Indian Medical Review
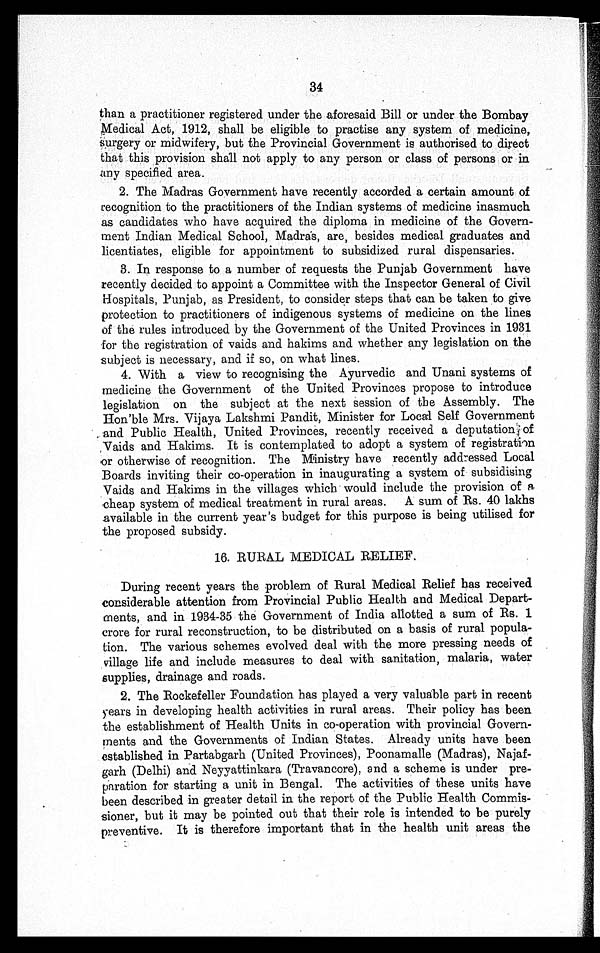
34
than a practitioner registered under the aforesaid Bill or under the Bombay
Medical Act, 1912, shall be eligible to practise any system of medicine,
Surgery or midwifery, but the Provincial Government is authorised to direct
that this provision shall not apply to any person or class of persons or in
any specified area.
2. The Madras Government have recently accorded a certain amount of
recognition to the practitioners of the Indian systems of medicine inasmuch
as candidates who have acquired the diploma in medicine of the Govern-
ment Indian Medical School, Madras, are, besides medical graduates and
licentiates, eligible for appointment to subsidized rural dispensaries.
3. In response to a number of requests the Punjab Government have
recently decided to appoint a Committee with the Inspector General of Civil
Hospitals, Punjab, as President, to consider steps that can be taken to give
protection to practitioners of indigenous systems of medicine on the lines
of the rules introduced by the Government of the United Provinces in 1931
for the registration of vaids and hakims and whether any legislation on the
subject is necessary, and if so, on what lines.
4. With a view to recognising the Ayurvedic and Unani systems of
medicine the Government of the United Provinces propose to introduce
legislation on the subject at the next session of the Assembly. The
Hon'ble Mrs. Vijaya Lakshmi Pandit, Minister for Local Self Government
and Public Health, United Provinces, recently received a deputation of
Vaids and Hakims. It is contemplated to adopt a system of registration
or otherwise of recognition. The Ministry have recently addressed Local
Boards inviting their co-operation in inaugurating a system of subsidising
Vaids and Hakims in the villages which would include the provision of a
cheap system of medical treatment in rural areas. A sum of Rs. 40 lakhs
available in the current year's budget for this purpose is being utilised for
the proposed subsidy.
16. RURAL MEDICAL RELIEF.
During recent years the problem of Rural Medical Relief has received
considerable attention from Provincial Public Health and Medical Depart-
ments, and in 1934-35 the Government of India allotted a sum of Rs. 1
crore for rural reconstruction, to be distributed on a basis of rural popula-
tion. The various schemes evolved deal with the more pressing needs of
village life and include measures to deal with sanitation, malaria, water
supplies, drainage and roads.
2. The Rockefeller Foundation has played a very valuable part in recent
years in developing health activities in rural areas. Their policy has been
the establishment of Health Units in co-operation with provincial Govern-
ments and the Governments of Indian States. Already units have been
established in Partabgarh (United Provinces), Poonamalle (Madras), Najaf-
garh (Delhi) and Neyyattinkara (Travancore), and a scheme is under pre-
paration for starting a unit in Bengal. The activities of these units have
been described in greater detail in the report of the Public Health Commis-
sioner, but it may be pointed out that their role is intended to be purely
preventive. It is therefore important that in the health unit areas the